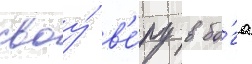
своу́ в'е́ру в бо́га